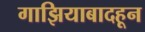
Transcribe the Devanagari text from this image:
गाझियाबादहून